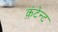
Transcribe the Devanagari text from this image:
कंटेन्ट